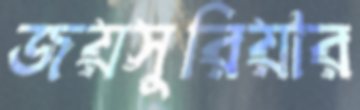
জয়সুরিয়ার